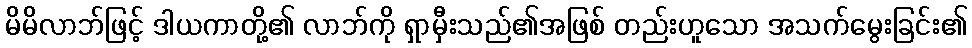
မိမိလာဘ်ဖြင့် ဒါယကာတို့၏ လာဘ်ကို ရှာမှီးသည်၏အဖြစ် တည်းဟူသော အသက်မွေးခြင်း၏